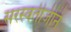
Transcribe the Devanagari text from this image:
सरस्वतीजीने